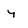
Character: y